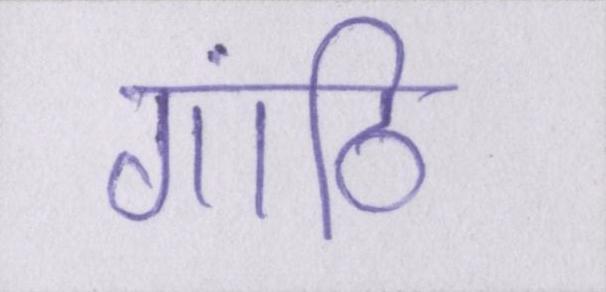
गांठि